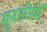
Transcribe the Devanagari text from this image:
यूनानीयों